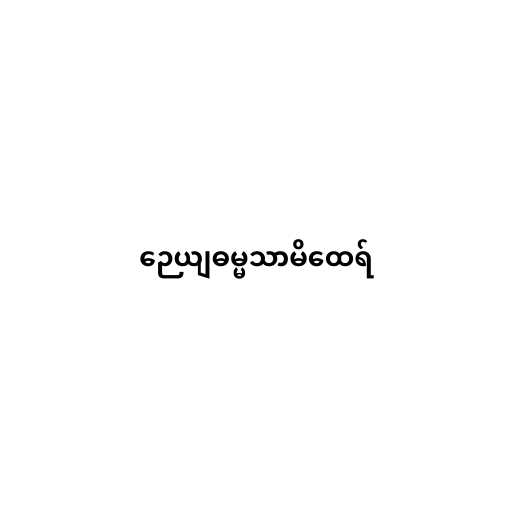
ဉေယျဓမ္မသာမိထေရ်